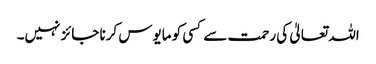
اللہ تعالیٰ کی رحمت سے کسی کو مایوس کرنا جائز نہیں۔